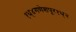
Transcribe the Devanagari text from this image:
१ध्४गणेशपूर१ध्२